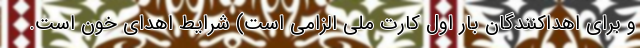
و برای اهداکنندگان بار اول کارت ملی الزامی است) شرایط اهدای خون است.